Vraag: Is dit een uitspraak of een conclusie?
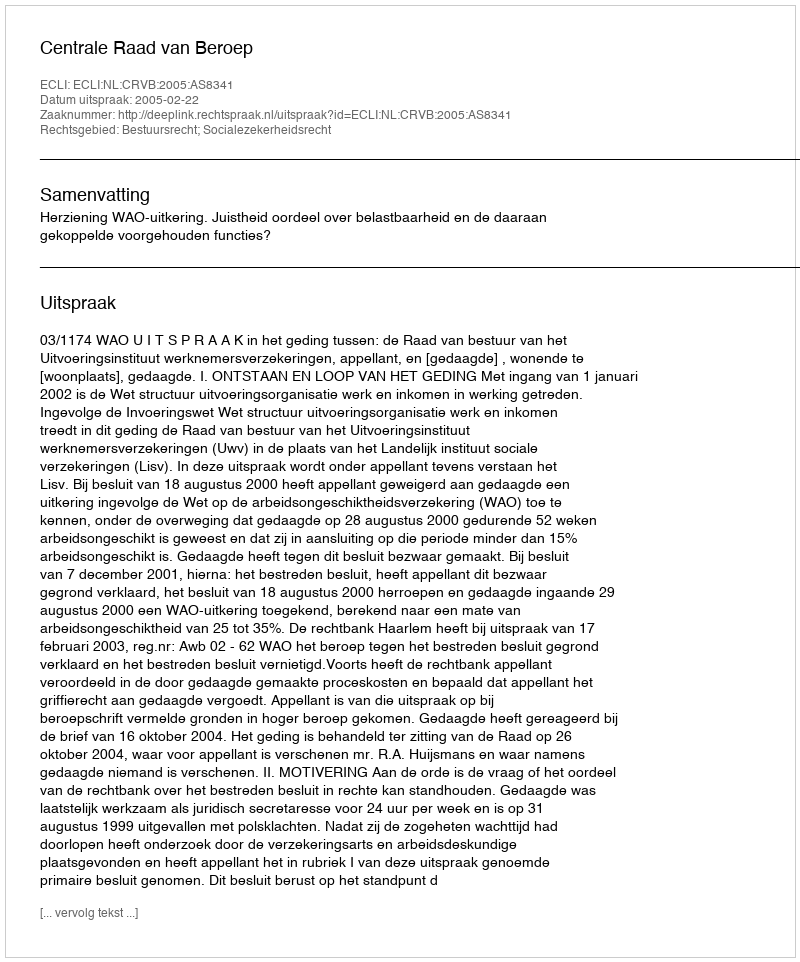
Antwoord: Uitspraak